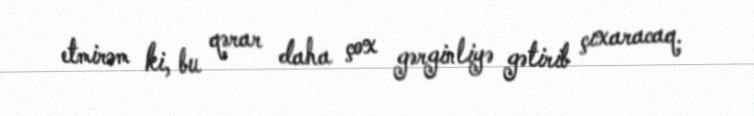
etmirəm ki, bu qərar daha çox gərginliyə gətirib çıxaracaq.